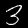
Digit: 3